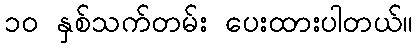
၁၀ နှစ်သက်တမ်း ပေးထားပါတယ်။